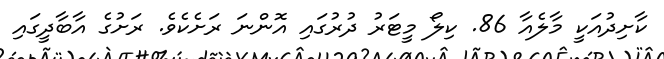
ކާށިދުއަކީ މާލެއާ 86. ކިލޯ މީޓަރު ދުރުގައި އޮންނަ ރަށެކެވެ. ރަށުގެ އާބާދީގައި